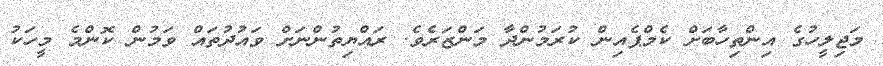
މަޖިލީހުގެ އިންތިހާބަށް ކެމްޕެއިން ކުރަމުންދާ މަންޒަރެވެ. ރައްޔިތުންނަށް ވައުދުތައް ވަމުން ކޮންމެ މީހަކު